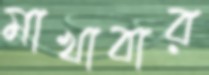
মাখাবার